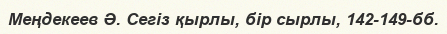
Меңдекеев Ә. Сегіз қырлы, бір сырлы, 142-149-бб.